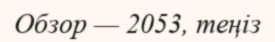
Обзор — 2053, теңіз